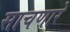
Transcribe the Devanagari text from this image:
साचणारे